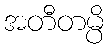
အတီတမ္ပိ